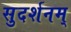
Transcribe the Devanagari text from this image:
सुदर्शनम्